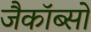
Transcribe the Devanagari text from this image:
जैकॉब्सों